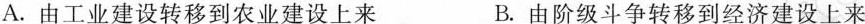
A.由工业建设转移到农业建设上来 B.由阶级斗争转移到经济建设上来